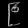
Digit: ၉